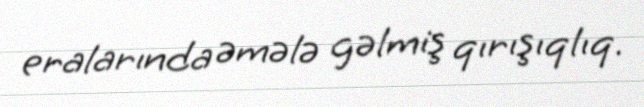
eralarında əmələ gəlmiş qırışıqlıq.